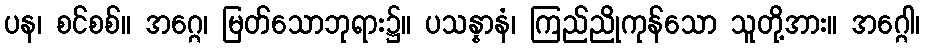
ပန၊ စင်စစ်။ အဂ္ဂေ၊ မြတ်သောဘုရား၌။ ပသန္နာနံ၊ ကြည်ညိုကုန်သော သူတို့အား။ အဂ္ဂေါ၊